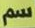
سم